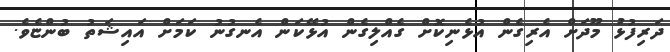
ދަރިފުޅު މޫދަށް އެރިގެން އުޅެނިކޮށް ގެއްލިގެން އުޅޭކަން އެނގުނު ކަމަށް އައިޝަތު ބުންޏެވެ.